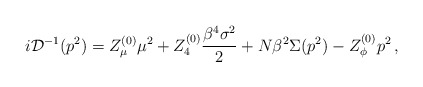
\begin{align*}i{\cal D}^{-1}(p^2) = Z^{(0)}_{\mu}\mu^2+ Z^{(0)}_4\frac{\beta^4\sigma^2}{2}+N\beta^2\Sigma(p^2) - Z^{(0)}_{\phi}p^2\,,\end{align*}